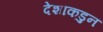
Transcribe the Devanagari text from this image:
देशाकडुन